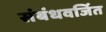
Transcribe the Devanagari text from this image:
संबंधवर्जित